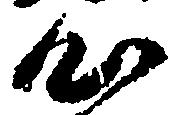
心